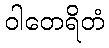
ဝါတေရိတံ